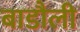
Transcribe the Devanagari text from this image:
बाडौली